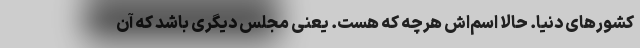
کشورهای دنیا. حالا اسم‌اش هرچه که هست. یعنی مجلس دیگری باشد که آن